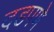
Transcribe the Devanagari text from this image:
दडपणे